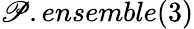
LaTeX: \mathscr{P}.ensemble(3)